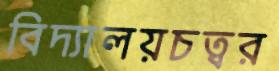
বিদ্যালয়চত্বর